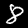
Label: 8